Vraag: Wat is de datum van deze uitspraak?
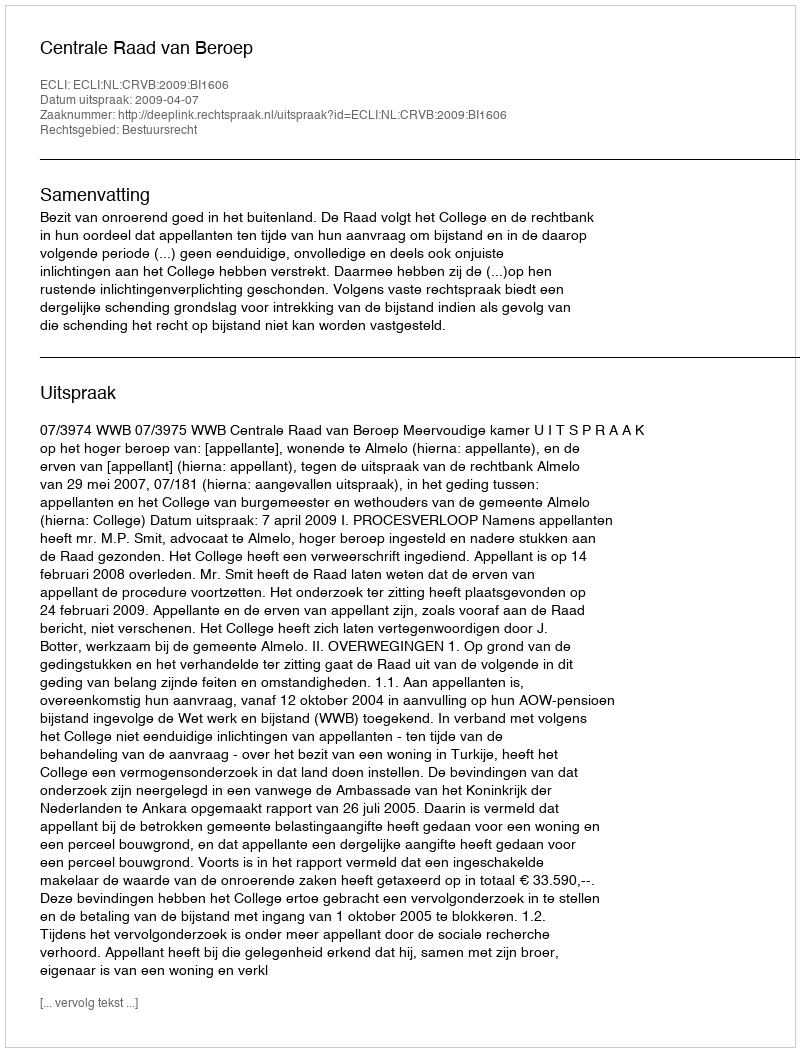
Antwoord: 2009-04-07